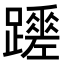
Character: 𨇏